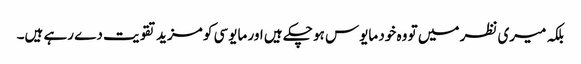
بلکہ میری نظر میں تو وہ خود مایوس ہو چکے ہیں اور مایوسی کو مزید تقویت دے رہے ہیں۔